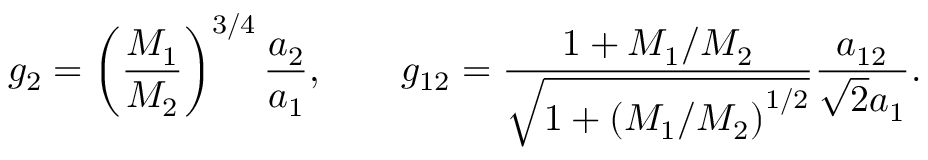
g _ { 2 } = \left( \frac { M _ { 1 } } { M _ { 2 } } \right) ^ { 3 / 4 } \frac { a _ { 2 } } { a _ { 1 } } , \qquad g _ { 1 2 } = \frac { 1 + M _ { 1 } / M _ { 2 } } { \sqrt { 1 + \left( M _ { 1 } / M _ { 2 } \right) ^ { 1 / 2 } } } \frac { a _ { 1 2 } } { \sqrt { 2 } a _ { 1 } } .